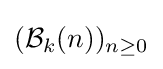
({\mathcal {B}}_{k}(n))_{n\geq 0}